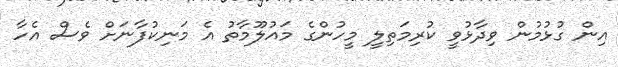
އިން ގުޅުމުން ވިދާޅުވީ ކުރިމަތިލީ މީހުންގެ މައުލޫމާތު އެ މަނިކުފާނަށް ވެސް އެހާ